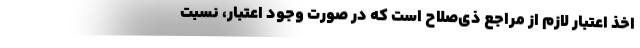
اخذ اعتبار لازم از مراجع ذی‌صلاح است که در صورت وجود اعتبار، نسبت